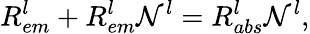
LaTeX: R_{em}^{l}+R_{em}^{l}\mathcal{N}_{}^{l}=R_{abs}^{l}\mathcal{N}_{}^{l},